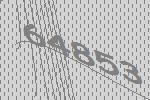
64853